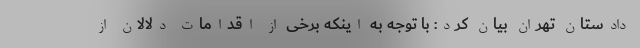
دادستان تهران بیان کرد: با توجه به اینکه برخی از اقدامات دلالان از